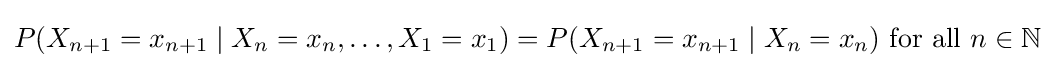
P(X_{n+1}=x_{n+1}\mid X_{n}=x_{n},\dots ,X_{1}=x_{1})=P(X_{n+1}=x_{n+1}\mid X_{n}=x_{n}){\text{ for all }}n\in \mathbb {N}